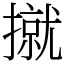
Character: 㩆